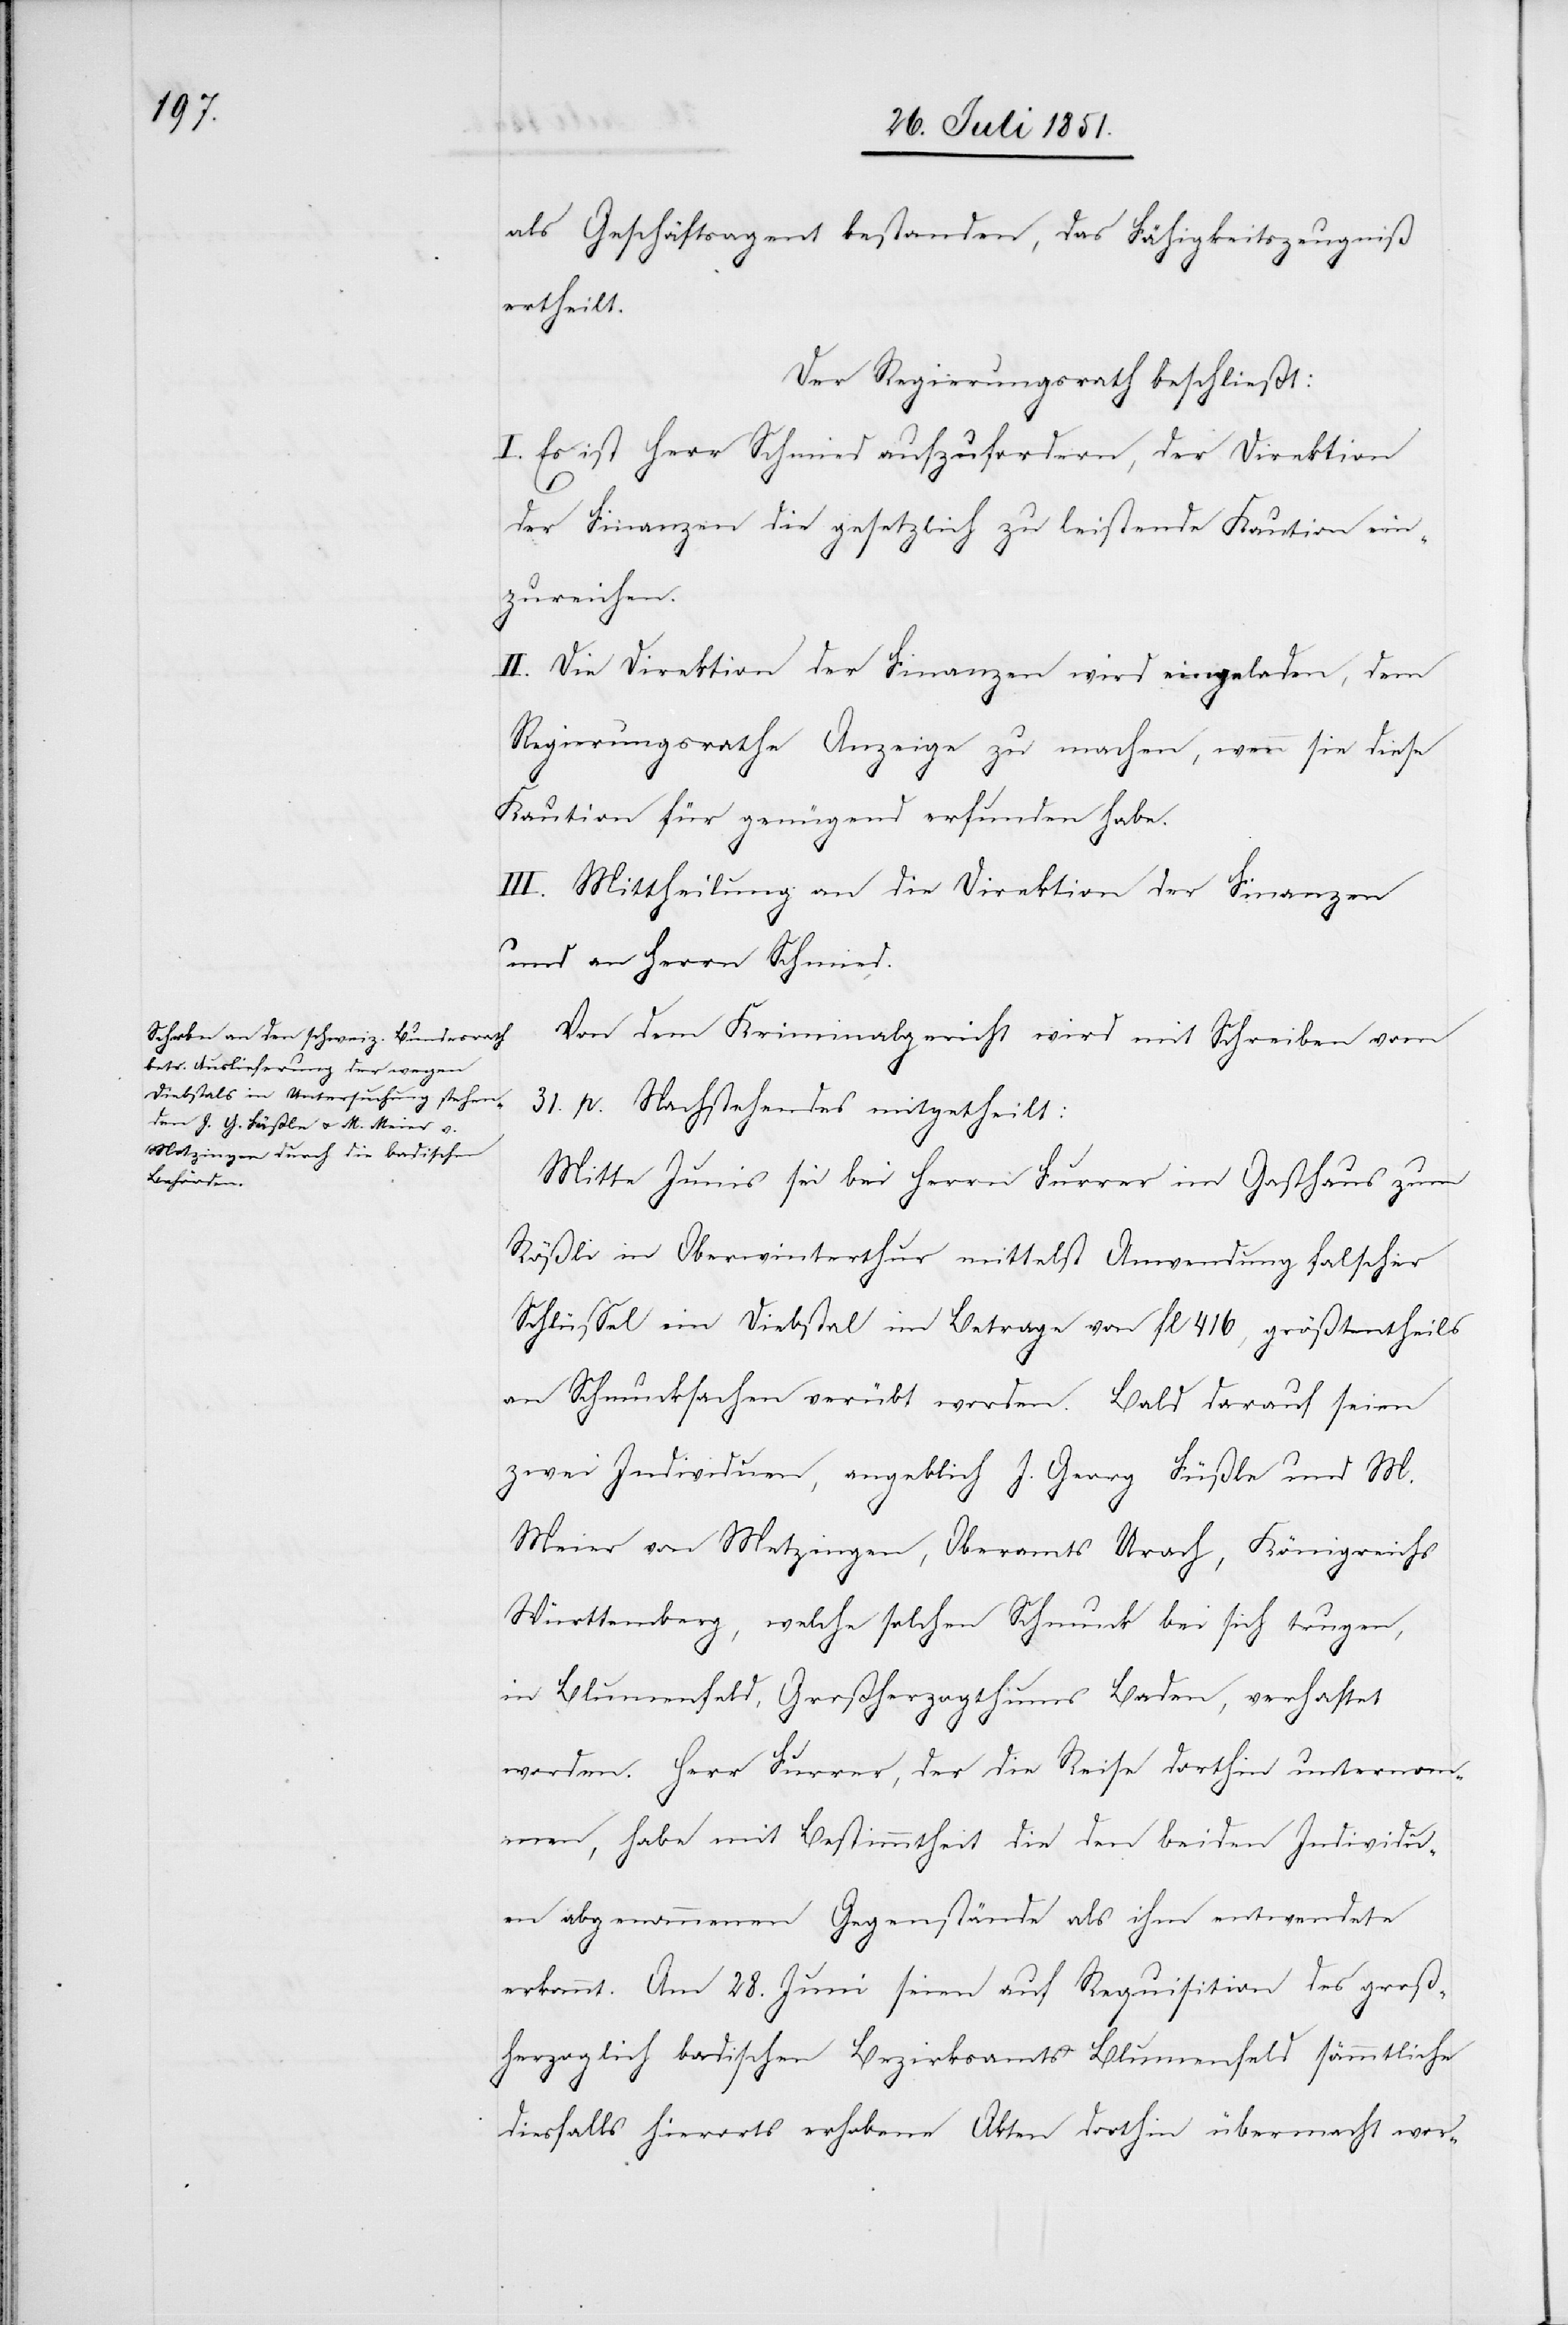
als Geschäftsagent bestanden, das Fähigkeitszeugniß
ertheilt.
Der Regierungsrath beschließt:
I. Es ist Herr Schmied aufzufordern, der Direktion
der Finanzen die gesetzlich zu leistende Kaution ein¬
zureichen.
II. Die Direktion der Finanzen wird eingeladen, dem
Regierungsrathe Anzeige zu machen, wenn sie diese
Kaution für genügend erfunden habe.
III. Mittheilung an die Direktion der Finanzen
und an Herrn Schmied.
Von dem Kriminalgericht wird mit Schreiben vom
31. p. Nachstehendes mitgetheilt:
Mitte Junis sei bei Herrn Furrer im Gasthaus zum
Rößli in Oberwinterthur mittelst Anwendung falscher
Schlüssel ein Diebstal im Betrage von fl 416, größtentheils
an Schmucksachen verübt worden. Bald darauf seien
zwei Individuen, angeblich J. Georg Füßle und M.
Meier von Metzingen, Oberamts Urach, Königreichs
Württemberg, welche solchen Schmuck bei sich trugen,
in Blumenfeld, Großherzogthums Baden, verhaftet
worden. Herr Furrer, der die Reise dorthin unternom¬
men, habe mit Bestimmtheit die den beiden Individu¬
en abgenommenen Gegenstände als ihm entwendete
erkannt. Am 28. Juni seien auf Requisition des groß¬
herzoglich badischen Bezirksamts Blumenfeld sämmtliche
diesfalls hierorts erhobene Akten dorthin übermacht wor-